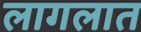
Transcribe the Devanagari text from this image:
लागलात